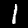
Label: 1